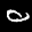
Label: 0